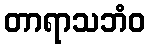
တာရာသဘံဝ